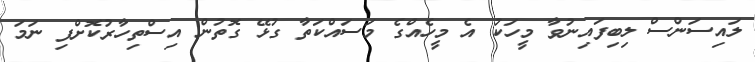
ލައިސަންސް ލިބިފައިނުވާ މީހަކު އެ މީހެއްގެ މަސައްކަތާ ގުޅޭ ގޮތުން އިސްތިހާރުކޮށްފި ނަމަ